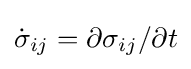
{\dot {\sigma }}_{ij}=\partial \sigma _{ij}/\partial t